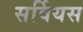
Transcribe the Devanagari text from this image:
सर्वियस